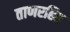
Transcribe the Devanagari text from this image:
ताणरहित